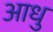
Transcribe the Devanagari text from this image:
आधु